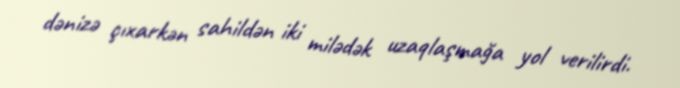
dənizə çıxarkən sahildən iki milədək uzaqlaşmağa yol verilirdi.